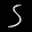
Label: 5